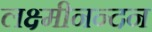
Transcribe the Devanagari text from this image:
लक्ष्मीनन्दन